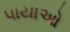
પાયાઓ